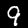
Label: 9